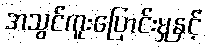
အသွင်ကူးပြောင်းမှုနှင့်